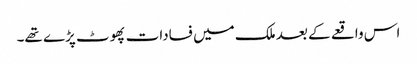
اس واقعے کے بعد ملک میں فسادات پھوٹ پڑے تھے۔